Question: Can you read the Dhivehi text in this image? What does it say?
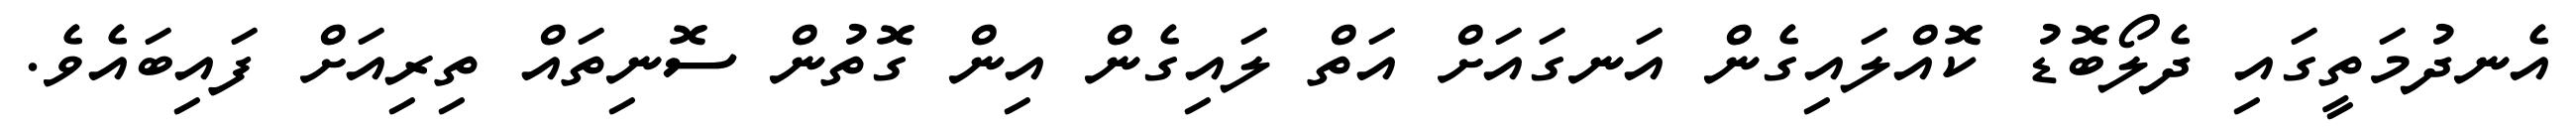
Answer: އެނދުމަތީގައި ދެލޯބޮޑު ކޮއްލައިގެން އަނގައަށް އަތް ލައިގެން އިން ގޮތުން ސޮނިތައް ތިރިއަށް ފައިބައެވެ.